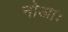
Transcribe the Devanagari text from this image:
नोआः